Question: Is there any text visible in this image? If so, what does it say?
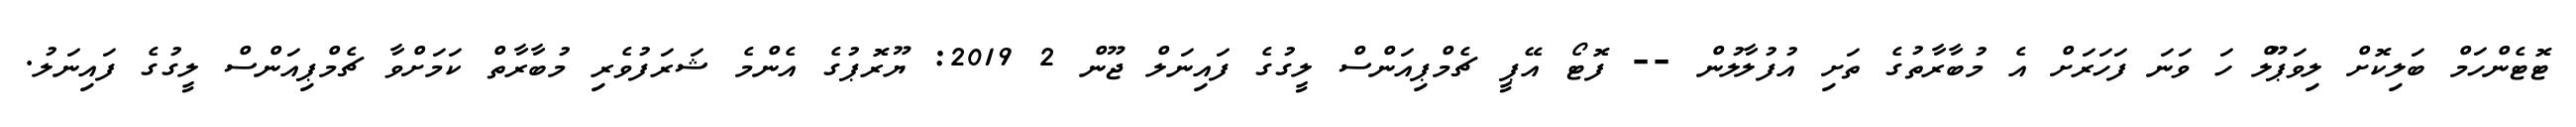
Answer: ޓޮޓެންހަމް ބަލިކޮށް ލިވަޕޫލް ހަ ވަނަ ފަހަރަށް އެ މުބާރާތުގެ ތަށި އުފުލާލުން -- ފޮޓޯ އޭޕީ ޗެމްޕިއަންސް ލީގުގެ ފައިނަލް ޖޫން 2 2019: ޔޫރޮޕުގެ އެންމެ ޝަރަފުވެރި މުބާރާތް ކަމަށްވާ ޗެމްޕިއަންސް ލީގުގެ ފައިނަލު.